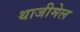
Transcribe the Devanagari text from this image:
थाजीमेल